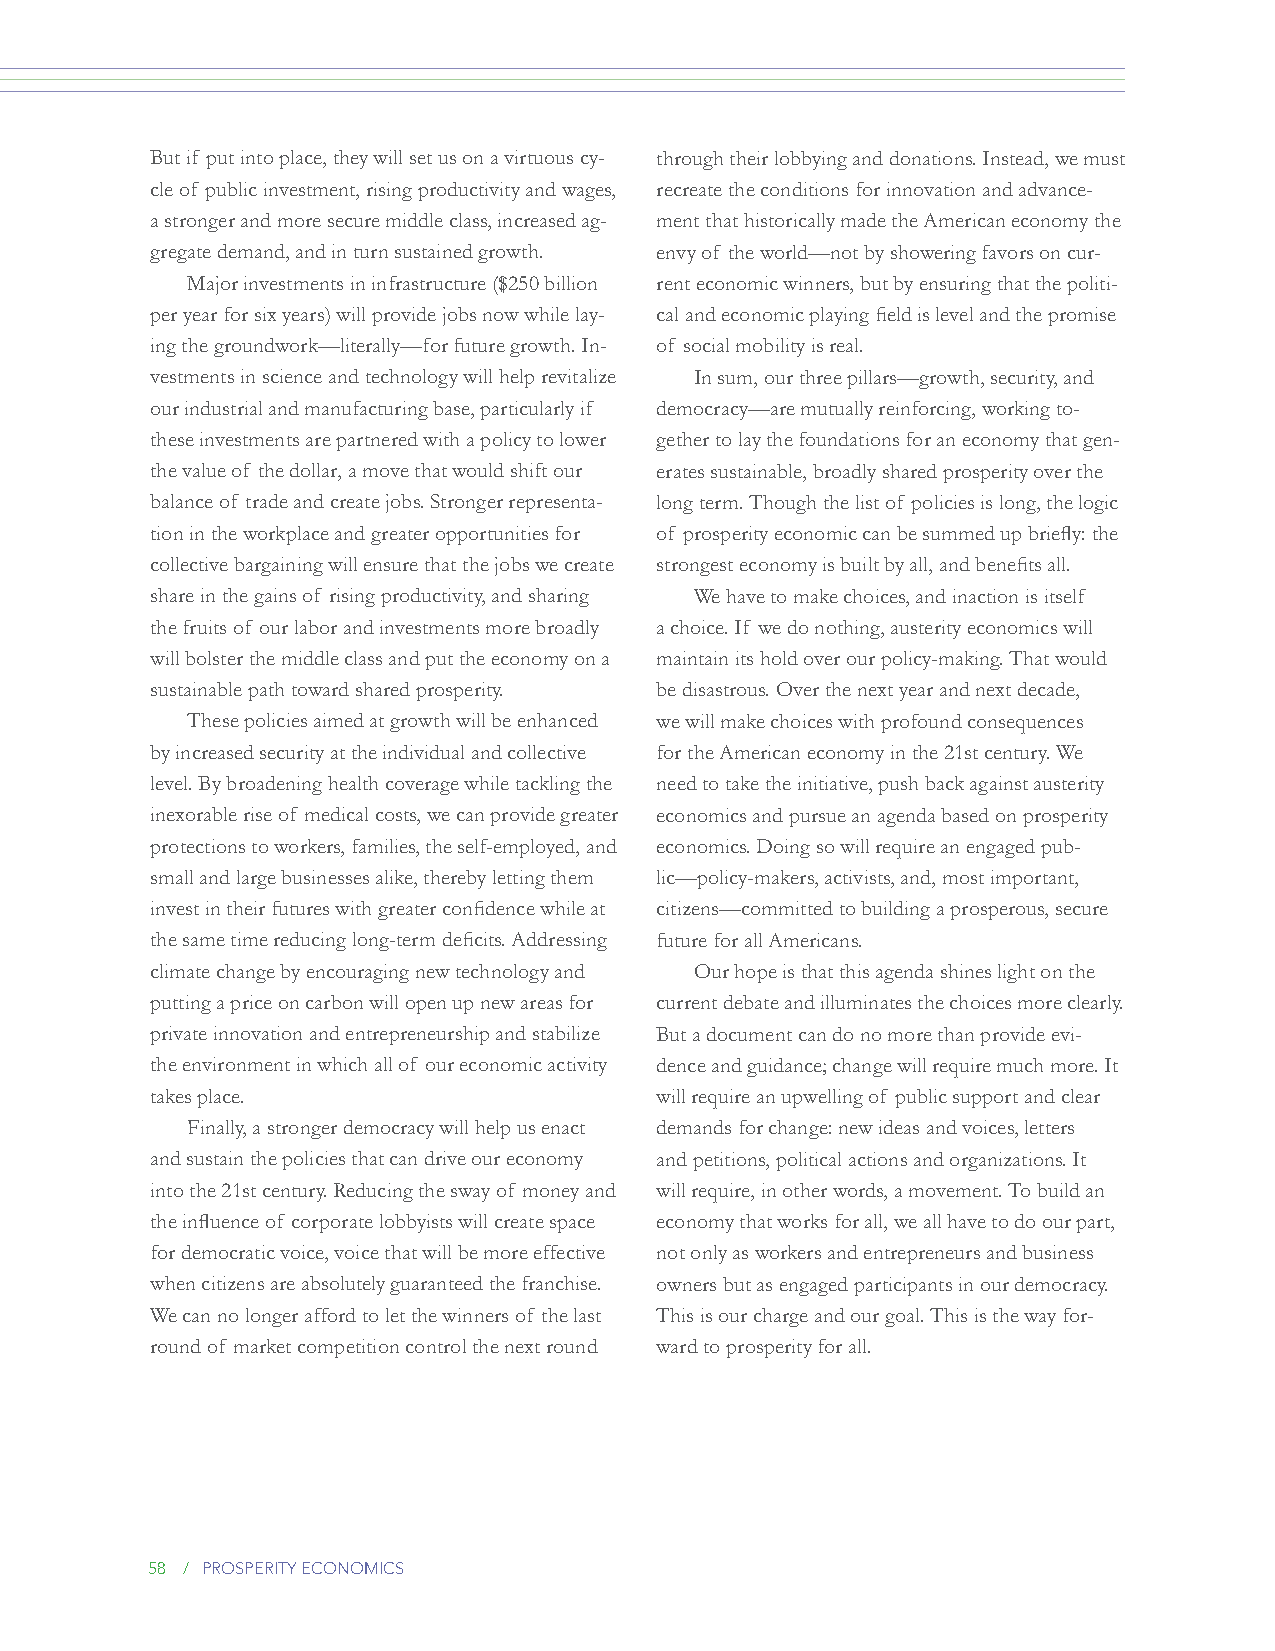
But if put into place, they will set us on a virtuous cy- through their lobbying and donations. Instead, we must
 cle of public investment, rising productivity and wages, recreate the conditions for innovation and advance-
 a stronger and more secure middle class, increased ag- ment that historically made the American economy the
 gregate demand, and in turn sustained growth. envy of the world—not by showering favors on cur-
 Major investments in infrastructure ($250 billion rent economic winners, but by ensuring that the politi-
 per year for six years) will provide jobs now while lay- cal and economic playing field is level and the promise
 ing the groundwork—literally—for future growth. In- of social mobility is real.
 vestments in science and technology will help revitalize In sum, our three pillars—growth, security, and
 our industrial and manufacturing base, particularly if democracy—are mutually reinforcing, working to-
 these investments are partnered with a policy to lower gether to lay the foundations for an economy that gen-
 the value of the dollar, a move that would shift our erates sustainable, broadly shared prosperity over the
 balance of trade and create jobs. Stronger representa- long term. Though the list of policies is long, the logic
 tion in the workplace and greater opportunities for of prosperity economic can be summed up briefly: the
 collective bargaining will ensure that the jobs we create strongest economy is built by all, and benefits all.
 share in the gains of rising productivity, and sharing We have to make choices, and inaction is itself
 the fruits of our labor and investments more broadly a choice. If we do nothing, austerity economics will
 will bolster the middle class and put the economy on a maintain its hold over our policy-making. That would
 sustainable path toward shared prosperity. be disastrous. Over the next year and next decade,
 These policies aimed at growth will be enhanced we will make choices with profound consequences
 by increased security at the individual and collective for the American economy in the 21st century. We
 level. By broadening health coverage while tackling the need to take the initiative, push back against austerity
 inexorable rise of medical costs, we can provide greater economics and pursue an agenda based on prosperity
 protections to workers, families, the self-employed, and economics. Doing so will require an engaged pub-
 small and large businesses alike, thereby letting them lic—policy-makers, activists, and, most important,
 invest in their futures with greater confidence while at citizens—committed to building a prosperous, secure
 the same time reducing long-term deficits. Addressing future for all Americans.
 climate change by encouraging new technology and Our hope is that this agenda shines light on the
 putting a price on carbon will open up new areas for current debate and illuminates the choices more clearly.
 private innovation and entrepreneurship and stabilize But a document can do no more than provide evi-
 the environment in which all of our economic activity dence and guidance; change will require much more. It
 takes place.                     will require an upwelling of public support and clear
 Finally, a stronger democracy will help us enact demands for change: new ideas and voices, letters
 and sustain the policies that can drive our economy and petitions, political actions and organizations. It
 into the 21st century. Reducing the sway of money and will require, in other words, a movement. To build an
 the influence of corporate lobbyists will create space economy that works for all, we all have to do our part,
 for democratic voice, voice that will be more effective not only as workers and entrepreneurs and business
 when citizens are absolutely guaranteed the franchise. owners but as engaged participants in our democracy.
 We can no longer afford to let the winners of the last This is our charge and our goal. This is the way for-
 round of market competition control the next round ward to prosperity for all.
 58 / prosperity economics